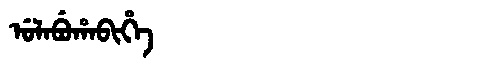
Manchu: ᡠᠯᠠᠪᡠᡥᠠᠪᡳᡥᡝ
Romanization: ULABUHABIHE